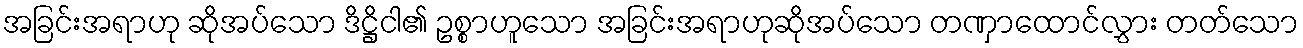
အခြင်းအရာဟု ဆိုအပ်သော ဒိဋ္ဌိငါ၏ ဥစ္စာဟူသော အခြင်းအရာဟုဆိုအပ်သော တဏှာထောင်လွှား တတ်သော